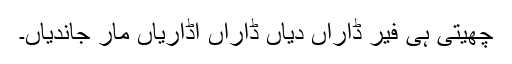
چھیتی ہی فیر ڈاراں دیاں ڈاراں اُڈاریاں مار جاندیاں۔